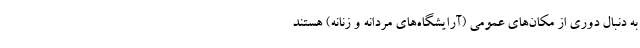
به دنبال دوری از مکان‌های عمومی (آرایشگاه‌های مردانه و زنانه) هستند